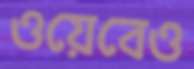
ওয়েবেও